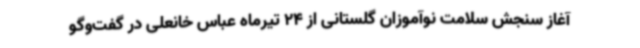
آغاز سنجش سلامت نوآموزان گلستانی از 24 تیرماه عباس خانعلی در گفت‌وگو